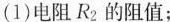
(1)电阻R_{2}的阻值；